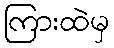
ကြားထဲမှ